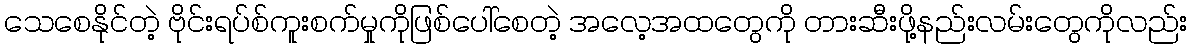
သေစေနိုင်တဲ့ ဗိုင်းရပ်စ်ကူးစက်မှုကိုဖြစ်ပေါ်စေတဲ့ အလေ့အထတွေကို တားဆီးဖို့နည်းလမ်းတွေကိုလည်း